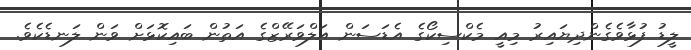
ލީޑު ފުޅާވެގެންދިޔައިރު މިއީ މެކްސިކޯގެ އެޑަސަން އަލްވަރޭޒްގެ އަތުން ބައިކޮޅަށް ވަން ލަނޑެކެވެ.